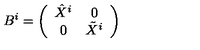
B ^ { i } = \left( \begin{array} { c c } { \hat { X } ^ { i } } & { 0 } \\ { 0 } & { \tilde { X } ^ { i } } \\ \end{array} \right)